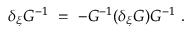
\delta _ { \xi } G ^ { - 1 } \ = \ - G ^ { - 1 } ( \delta _ { \xi } G ) G ^ { - 1 } \ .